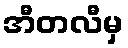
အီတလီမှ